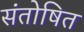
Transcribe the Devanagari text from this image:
संतोषित